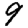
Digit: 9